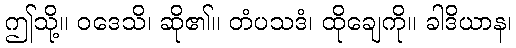
ဤသို့။ ဝဒေသိ၊ ဆို၏။ တံပသဒံ၊ ထိုချေကို။ ခါဒိယာန၊